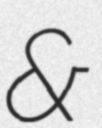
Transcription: &